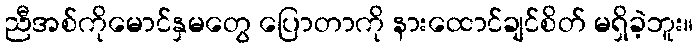
ညီအစ်ကိုမောင်နှမတွေ ပြောတာကို နားထောင်ချင်စိတ် မရှိခဲ့ဘူး။